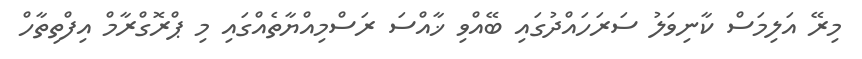
މިރޭ އަލިމަސް ކާނިވަލު ސަރަހައްދުގައި ބޭއްވި ޚާއްސަ ރަސްމިއްޔާތެއްގައި މި ޕްރޮގްރާމް އިފްތިތާހް